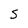
Character: S